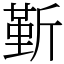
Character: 𣂷